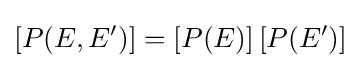
[P(E,E')]=[P(E)]\,[P(E')]